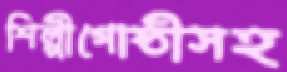
শিল্পীগোষ্ঠীসহ